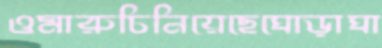
ওমারুচিনিয়েছেঘোড়াঘা